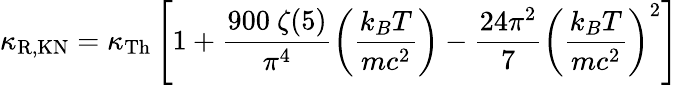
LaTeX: \kappa_{\mathrm{R,KN}}=\kappa_{\mathrm{Th}}\left[1+\frac{900~\zeta(5)}{\pi^{4}}\left(\frac{k_{B}T}{mc^{2}}\right)-\frac{24\pi^{2}}{7}\left(\frac{k_{B}T}{mc^{2}}\right)^{2}\right]